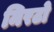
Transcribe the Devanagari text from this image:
मिरटो